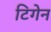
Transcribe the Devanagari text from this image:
टिगेन